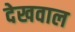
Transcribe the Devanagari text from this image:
देखवाल